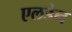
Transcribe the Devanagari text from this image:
एलडेन